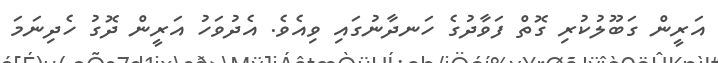
އަރީން ގަބޫލުކުރި ގޮތް ފަވާދުގެ ހަނދާނުގައި ވިއެވެ. އެދުވަހު އަރީން ދޮގު ހެދިނަމަ